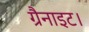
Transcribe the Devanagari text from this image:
ग्रैनाइट।